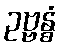
ဥဗ္ဗန္ဓံ